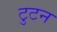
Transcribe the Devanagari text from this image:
टुटन